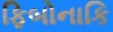
ફિબોનાકિ